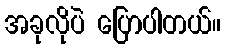
အခုလိုပဲ ပြောပါတယ်။